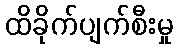
ထိခိုက်ပျက်စီးမှု